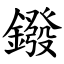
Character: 鏺